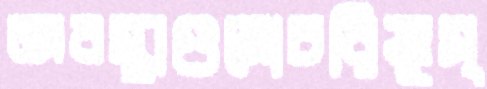
অবস্থাগুলোচরিষ্ণুস্